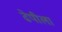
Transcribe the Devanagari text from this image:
ढेपीला